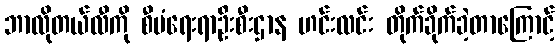
ဘာလိုတယ်လီကို စီမံရေးရာဦးစီးဌာန ဟင်းလင်း တိုက်ခိုက်ခဲ့တာကြောင့်